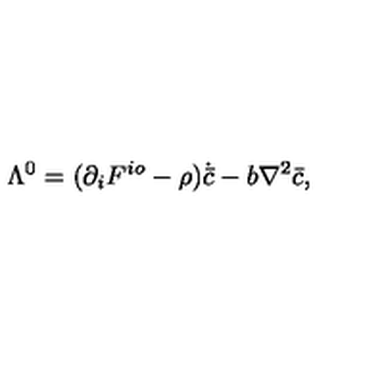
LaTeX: \Lambda ^ { 0 } = ( \partial _ { i } F ^ { i o } - \rho ) \dot { { \bar { c } } } - b \nabla ^ { 2 } { \bar { c } } ,